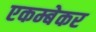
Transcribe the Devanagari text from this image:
एकम्बेकर